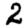
Digit: 2